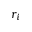
r _ { i }